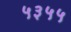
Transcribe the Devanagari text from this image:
५३५५